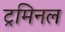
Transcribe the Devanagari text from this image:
ट्रमिनल